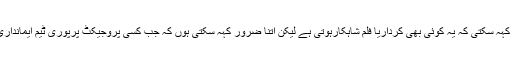
ایک سوال کے جواب میں جیاعلی نے کہا کہ میں یہ تونہیں کہہ سکتی کہ یہ کوئی بھی کرداریا فلم شاہکارہوتی ہے لیکن اتنا ضرور کہہ سکتی ہوں کہ جب کسی پروجیکٹ پرپوری ٹیم ایمانداری سے اپنا کام انجام دے تواس کے نتائج مثبت ہی ہوتے ہیں۔